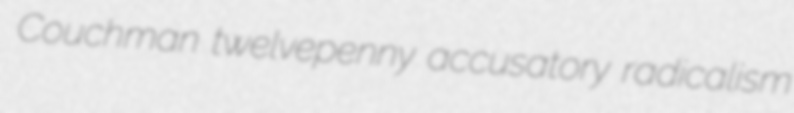
Couchman twelvepenny accusatory radicalism